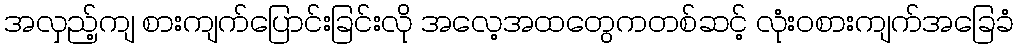
အလှည့်ကျ စားကျက်ပြောင်းခြင်းလို အလေ့အထတွေကတစ်ဆင့် လုံးဝစားကျက်အခြေခံ